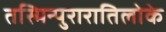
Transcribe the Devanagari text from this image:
तस्मिन्पुरारातिलोके